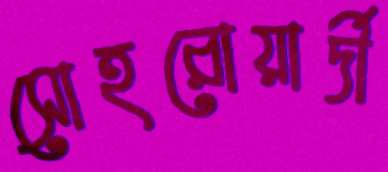
সোহরোয়ার্দী